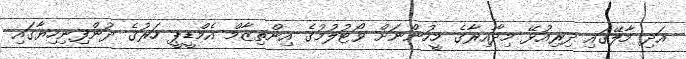
އަދި މާލޭގައި ދިރިއުޅޭ މިދާއިރާގެ މީހުންނަށް ވޯޓުލުމުގެ އިންތިޒާމް އެމްޑީޕީ ހަރުގެ ދުންފިނިހިޔާގައި